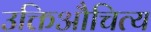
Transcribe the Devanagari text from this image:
उक्तिऔचित्य